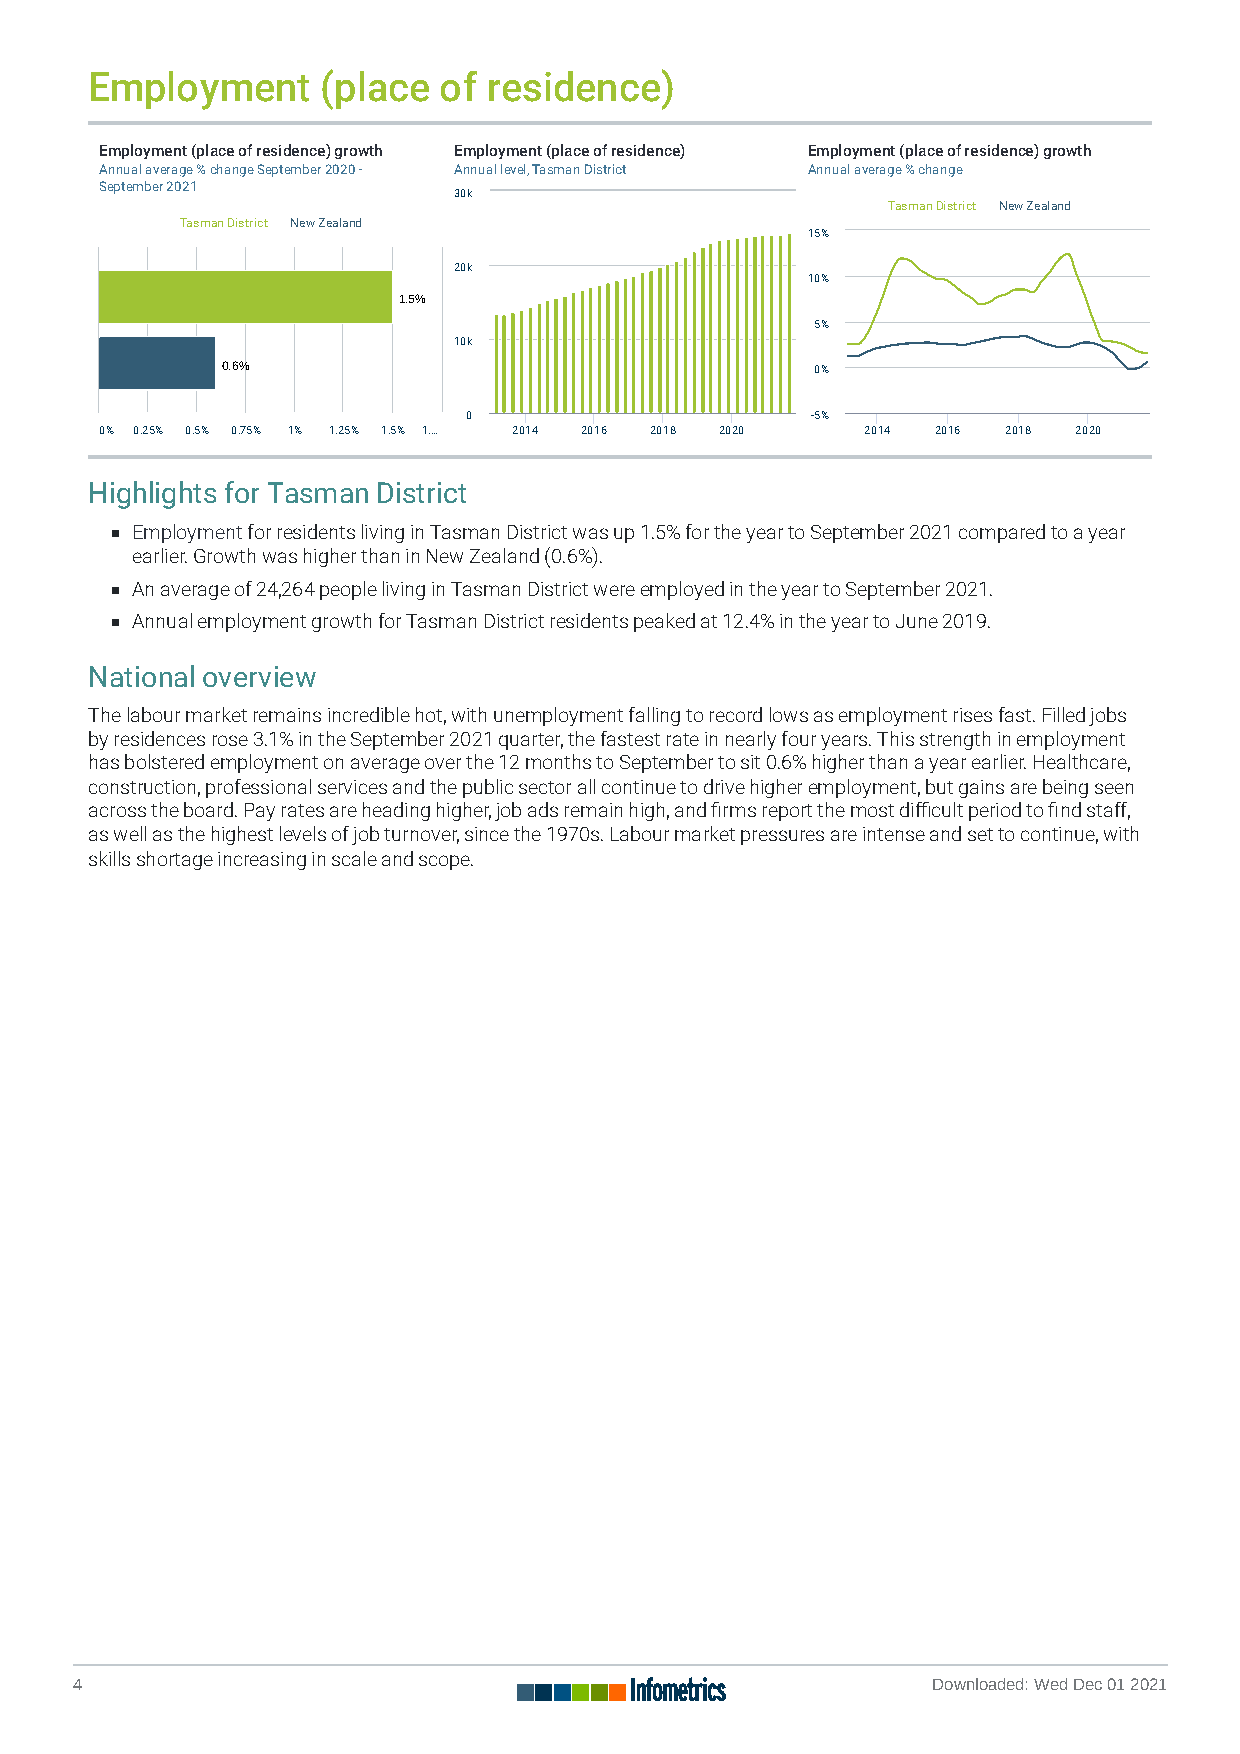
Employment     (place  of residence)
 Employment (place of residence) growth Employment (place of residence) Employment (place of residence) growth
 Annual average % change September 2020 - Annual level, Tasman District Annual average % change
 September 2021
 30k
 Tasman District New Zealand
 Tasman District New Zealand
 15%
 20k
 10%
 1 1..55%%
 5%
 10k
 0 0..66%%                              0%
 0                      -5%
 0% 0.25% 0.5% 0.75% 1% 1.25% 1.5% 1.… 2014 2016 2018 2020 2014 2016 2018 2020
 Highlights for Tasman District
 Employment for residents living in Tasman District was up 1.5% for the year to September 2021 compared to a year
 earlier. Growth was higher than in New Zealand (0.6%).
 An average of 24,264 people living in Tasman District were employed in the year to September 2021.
 Annual employment growth for Tasman District residents peaked at 12.4% in the year to June 2019.
 National overview
 The labour market remains incredible hot, with unemployment falling to record lows as employment rises fast. Filled jobs
 by residences rose 3.1% in the September 2021 quarter, the fastest rate in nearly four years. This strength in employment
 has bolstered employment on average over the 12 months to September to sit 0.6% higher than a year earlier. Healthcare,
 construction, professional services and the public sector all continue to drive higher employment, but gains are being seen
 across the board. Pay rates are heading higher, job ads remain high, and rms report the most dicult period to nd staff,
 as well as the highest levels of job turnover, since the 1970s. Labour market pressures are intense and set to continue, with
 skills shortage increasing in scale and scope.
 4                                                        Downloaded: Wed Dec 01 2021